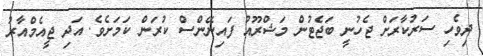
ދިވެހި ސަރުކާރަށް ޖެހުނީ ބަޖެޓުން މަޝްރޫއު ފައިނޭންސް ކުރަން ކަމަށެވެ. އަދި ޖީއެމްއާރު